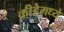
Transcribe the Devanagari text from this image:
क्रीडेमध्ये